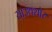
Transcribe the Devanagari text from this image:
साउथशोर